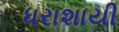
ધરાશાયી